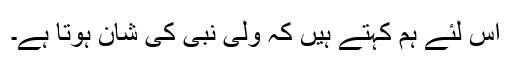
اس لئے ہم کہتے ہیں کہ ولی نبی کی شان ہوتا ہے۔